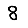
Digit: 8